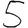
Digit: 5